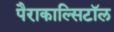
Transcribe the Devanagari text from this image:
पैराकाल्सिटॉल